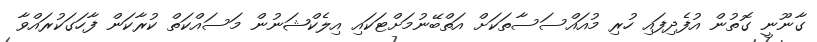
ގާނޫނީ ގޮތުން އުފެދިފައި ހުރި މުއައްސަސާތަކަށް އަތްބޭނުމަށްޓަކައި އިލެކްޝަނުން މަސައްކަތް ކުރާކަން ފާހަގަކުރައްވާ